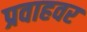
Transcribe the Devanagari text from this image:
प्रवाहवर